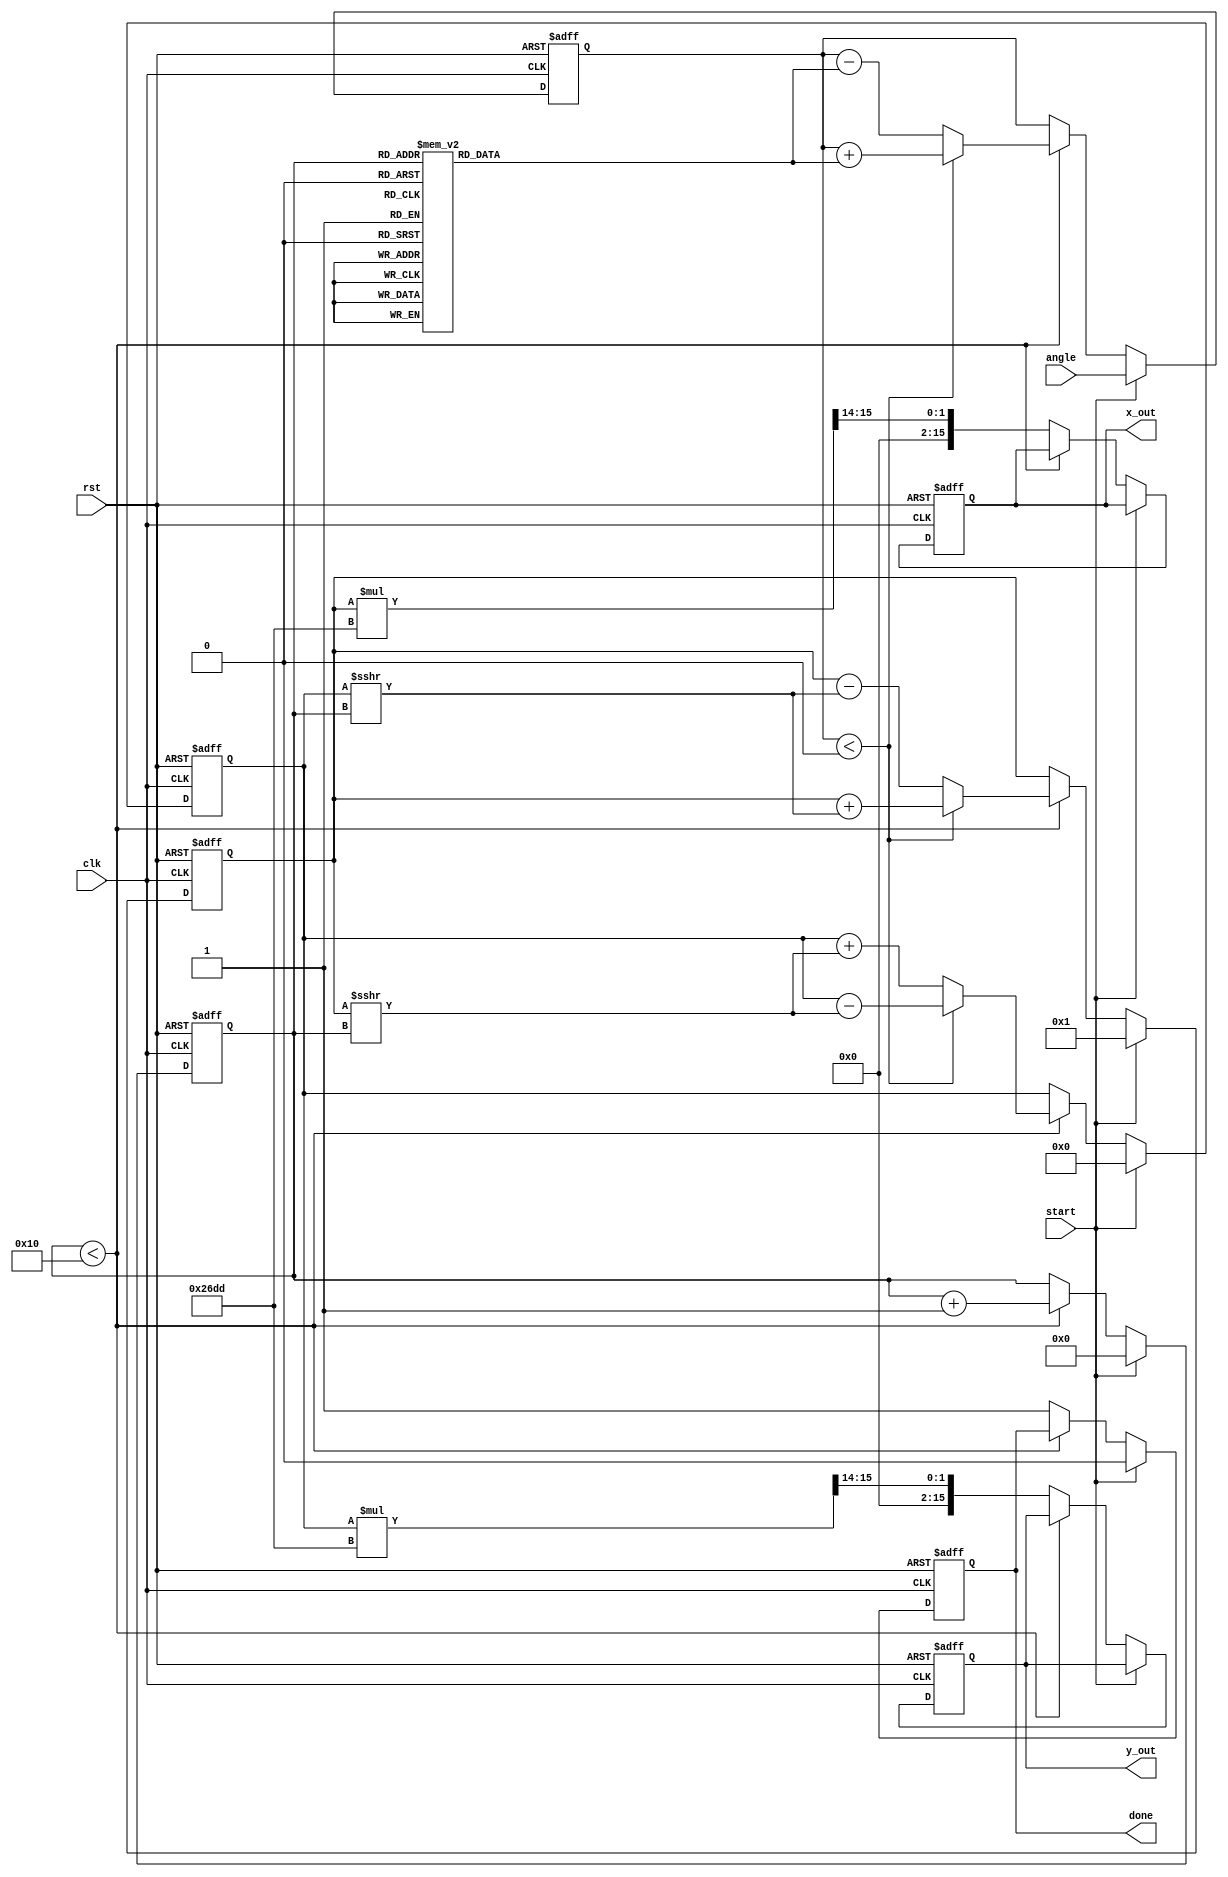
module cordic (
    input wire clk,
    input wire rst,
    input wire start,
    input wire signed [15:0] angle, // Input angle in radians (16-bit)
    output reg signed [15:0] x_out,  // Output x coordinate (16-bit)
    output reg signed [15:0] y_out,  // Output y coordinate (16-bit)
    output reg done                 // Indicates computation is done
);

    // Parameters
    parameter N = 16; // Number of iterations
    parameter SCALE_FACTOR = 16'h26DD; // Scaling factor for 16 iterations (approx. 0.607)

    // Pre-computed arctangent values (in fixed-point format)
    reg signed [15:0] atan_table [0:N-1];
    initial begin
        atan_table[0] = 16'h2000; // atan(2^0) = 0.7854 (in fixed-point)
        atan_table[1] = 16'h1333; // atan(2^-1) = 0.4636
        atan_table[2] = 16'h0A3D; // atan(2^-2) = 0.2449
        atan_table[3] = 16'h0524; // atan(2^-3) = 0.1244
        atan_table[4] = 16'h028B; // atan(2^-4) = 0.0624
        atan_table[5] = 16'h0142; // atan(2^-5) = 0.0312
        atan_table[6] = 16'h00A1; // atan(2^-6) = 0.0156
        atan_table[7] = 16'h0051; // atan(2^-7) = 0.0078
        atan_table[8] = 16'h0028; // atan(2^-8) = 0.0039
        atan_table[9] = 16'h0014; // atan(2^-9) = 0.0019
        atan_table[10] = 16'h000A; // atan(2^-10) = 0.00098
        atan_table[11] = 16'h0005; // atan(2^-11) = 0.00049
        atan_table[12] = 16'h0002; // atan(2^-12) = 0.00024
        atan_table[13] = 16'h0001; // atan(2^-13) = 0.00012
        atan_table[14] = 16'h0001; // atan(2^-14) = 0.00006
        atan_table[15] = 16'h0000; // atan(2^-15) = 0.00003
    end

    // State variables
    reg [3:0] iteration; // Iteration counter
    reg signed [15:0] x; // Internal x coordinate
    reg signed [15:0] y; // Internal y coordinate
    reg signed [15:0] angle_reg; // Internal angle register

    // FSM for CORDIC iterations
    always @(posedge clk or posedge rst) begin
        if (rst) begin
            iteration <= 0;
            x <= 16'h0001; // Initial x = 1
            y <= 16'h0000; // Initial y = 0
            angle_reg <= 0;
            done <= 0;
            x_out <= 0;
            y_out <= 0;
        end else if (start) begin
            angle_reg <= angle;
            iteration <= 0;
            x <= 16'h0001; // Initial x = 1
            y <= 16'h0000; // Initial y = 0
            done <= 0;
        end else if (iteration < N) begin
            // CORDIC rotation logic
            if (angle_reg < 0) begin
                // Counter-clockwise rotation
                x <= x + (y >>> iteration);
                y <= y - (x >>> iteration);
                angle_reg <= angle_reg + atan_table[iteration];
            end else begin
                // Clockwise rotation
                x <= x - (y >>> iteration);
                y <= y + (x >>> iteration);
                angle_reg <= angle_reg - atan_table[iteration];
            end
            iteration <= iteration + 1;
        end else begin
            // Final scaling
            x_out <= (x * SCALE_FACTOR) >>> 14; // Adjusting for scaling
            y_out <= (y * SCALE_FACTOR) >>> 14; // Adjusting for scaling
            done <= 1; // Indicate computation is done
        end
    end

endmodule